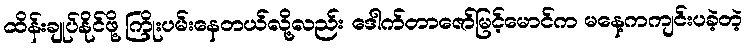
ထိန်းချုပ်နိုင်ဖို့ ကြိုးပမ်းနေတယ်လို့လည်း ဒေါက်တာဇော်မြင့်မောင်က မနေ့ကကျင်းပခဲ့တဲ့